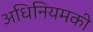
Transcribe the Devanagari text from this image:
अधिनियमकी